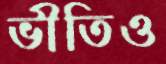
ভীতিও